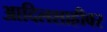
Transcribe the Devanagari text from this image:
आदिलशाहीवर